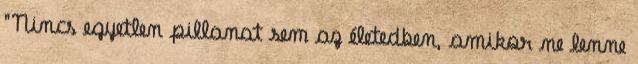
"Nincs egyetlen pillanat sem az életedben, amikor ne lenne